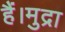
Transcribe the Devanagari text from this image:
हैं।मुद्रा